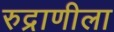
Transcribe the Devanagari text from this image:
रुद्राणीला